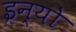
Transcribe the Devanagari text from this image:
इन्यो